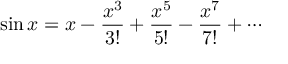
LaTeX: \sin x = x - { \frac { x ^ { 3 } } { 3 ! } } + { \frac { x ^ { 5 } } { 5 ! } } - { \frac { x ^ { 7 } } { 7 ! } } + \cdots